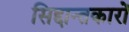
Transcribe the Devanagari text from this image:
सिद्दान्तकारों